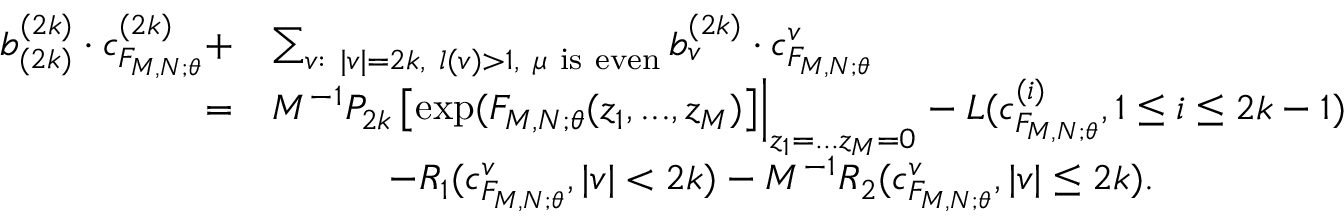
\begin{array} { r l } { b _ { ( 2 k ) } ^ { ( 2 k ) } \cdot c _ { F _ { M , N ; \theta } } ^ { ( 2 k ) } + } & { \sum _ { v : \ | v | = 2 k , \ l ( v ) > 1 , \ \mu \ \mathrm { i s \ e v e n } } b _ { v } ^ { ( 2 k ) } \cdot c _ { F _ { M , N ; \theta } } ^ { v } } \\ { = } & { M ^ { - 1 } P _ { 2 k } \left[ \exp ( F _ { M , N ; \theta } ( z _ { 1 } , . . . , z _ { M } ) \right] \Bigr | _ { z _ { 1 } = . . . z _ { M } = 0 } - L ( c _ { F _ { M , N ; \theta } } ^ { ( i ) } , 1 \le i \le 2 k - 1 ) } \\ & { \quad \quad \quad - R _ { 1 } ( c _ { F _ { M , N ; \theta } } ^ { v } , | v | < 2 k ) - M ^ { - 1 } R _ { 2 } ( c _ { F _ { M , N ; \theta } } ^ { v } , | v | \le 2 k ) . } \end{array}